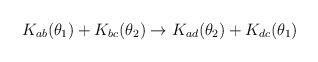
LaTeX: \begin{align*}K_{ab}(\theta_1 )+K_{bc}(\theta_2 ) \rightarrow K_{ad}(\theta_2 )+K_{dc}(\theta_1 )\end{align*}